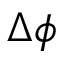
\Delta \phi